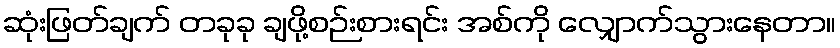
ဆုံးဖြတ်ချက် တခုခု ချဖို့စဉ်းစားရင်း အစ်ကို လျှောက်သွားနေတာ။